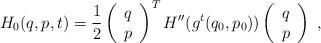
LaTeX: \begin{align*}H_0(q,p,t)=\frac{1}{2}\left(\begin{array}{ccc}q \\p \end{array}\right)^T H''(g^t(q_0,p_0))\left(\begin{array}{ccc}q \\p \end{array}\right) \ , \end{align*}